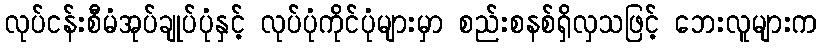
လုပ်ငန်းစီမံအုပ်ချုပ်ပုံနှင့် လုပ်ပုံကိုင်ပုံများမှာ စည်းစနစ်ရှိလှသဖြင့် ဘေးလူများက